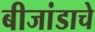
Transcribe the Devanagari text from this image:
बीजांडाचे